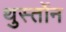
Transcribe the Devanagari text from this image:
थुर्स्तोन